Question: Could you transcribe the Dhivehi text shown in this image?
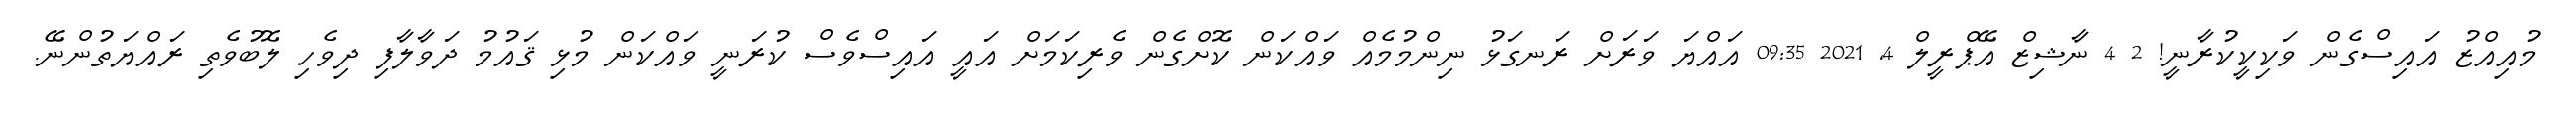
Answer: މުއިއްޒު އައިސްގެން ވަކިކީކުރާނީ! 2 4 ނާޝިޒް އޭޕްރީލް 4, 2021 09:35 އައްޔަ ވަރަށް ރަނގަޅު ނިންމުމެއް ވައްކަން ކޮށްގެން ވެރިކަމަށް އައީ އައިސްވެސް ކުރަނީ ވައްކަން މުޅި ޤައުމު ދަވާލާފި ދިވެހި ލޮބުވެތި ރައްޔަތުންނޭ.